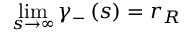
\operatorname* { l i m } _ { s \rightarrow \infty } \gamma _ { - } \left( s \right) = r _ { R }